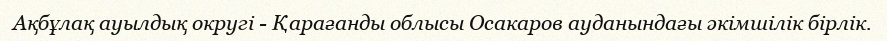
Ақбұлақ ауылдық округі - Қарағанды облысы Осакаров ауданындағы әкімшілік бірлік.